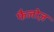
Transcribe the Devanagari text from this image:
फैलोज़